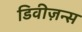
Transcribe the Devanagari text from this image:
डिवीज़न्स